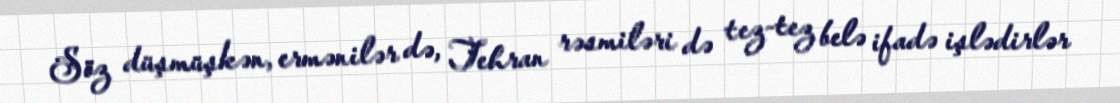
Söz düşmüşkən, ermənilər də, Tehran rəsmiləri də tez-tez belə ifadə işlədirlər